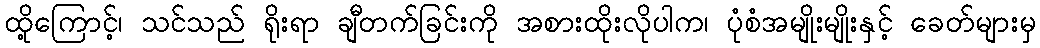
ထို့ကြောင့်၊ သင်သည် ရိုးရာ ချီတက်ခြင်းကို အစားထိုးလိုပါက၊ ပုံစံအမျိုးမျိုးနှင့် ခေတ်များမှ